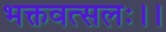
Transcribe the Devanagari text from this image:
भक्तवत्सलः।।